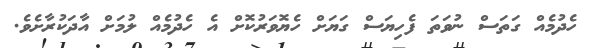
ހެދުމެއް ގަތަސް ނުވަތަ ފެހިޔަސް ގަޔަށް ހެޔޮވަރުކޮށް އެ ހެދުމެއް ލުމަށް އާދަކުރާށެވެ.